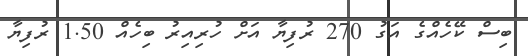
ބިސް ކޭހެއްގެ އަގު 270 ރުފިޔާ އަށް ހުރިއިރު ބިހެއް 1.50 ރުފިޔާ